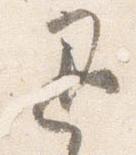
退